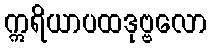
ဣရိယာပထဒုဗ္ဗလော